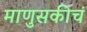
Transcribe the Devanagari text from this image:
माणुसकीचं